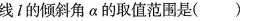
线I的倾斜角α的取值范围是（）